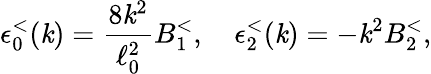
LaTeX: \epsilon_{0}^{<}(\mathit{k})={\frac{{8\mathit{k}^{2}}}{{\ell_{0}^{2}}}}B_{1}^{<},\quad\epsilon_{2}^{<}(\mathit{k})=-\mathit{k}^{2}B_{2}^{<},